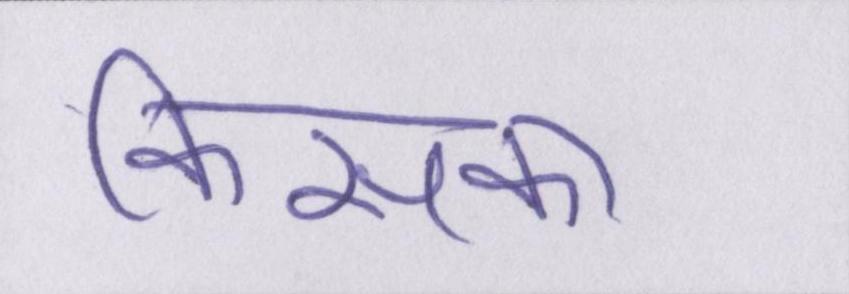
किसका